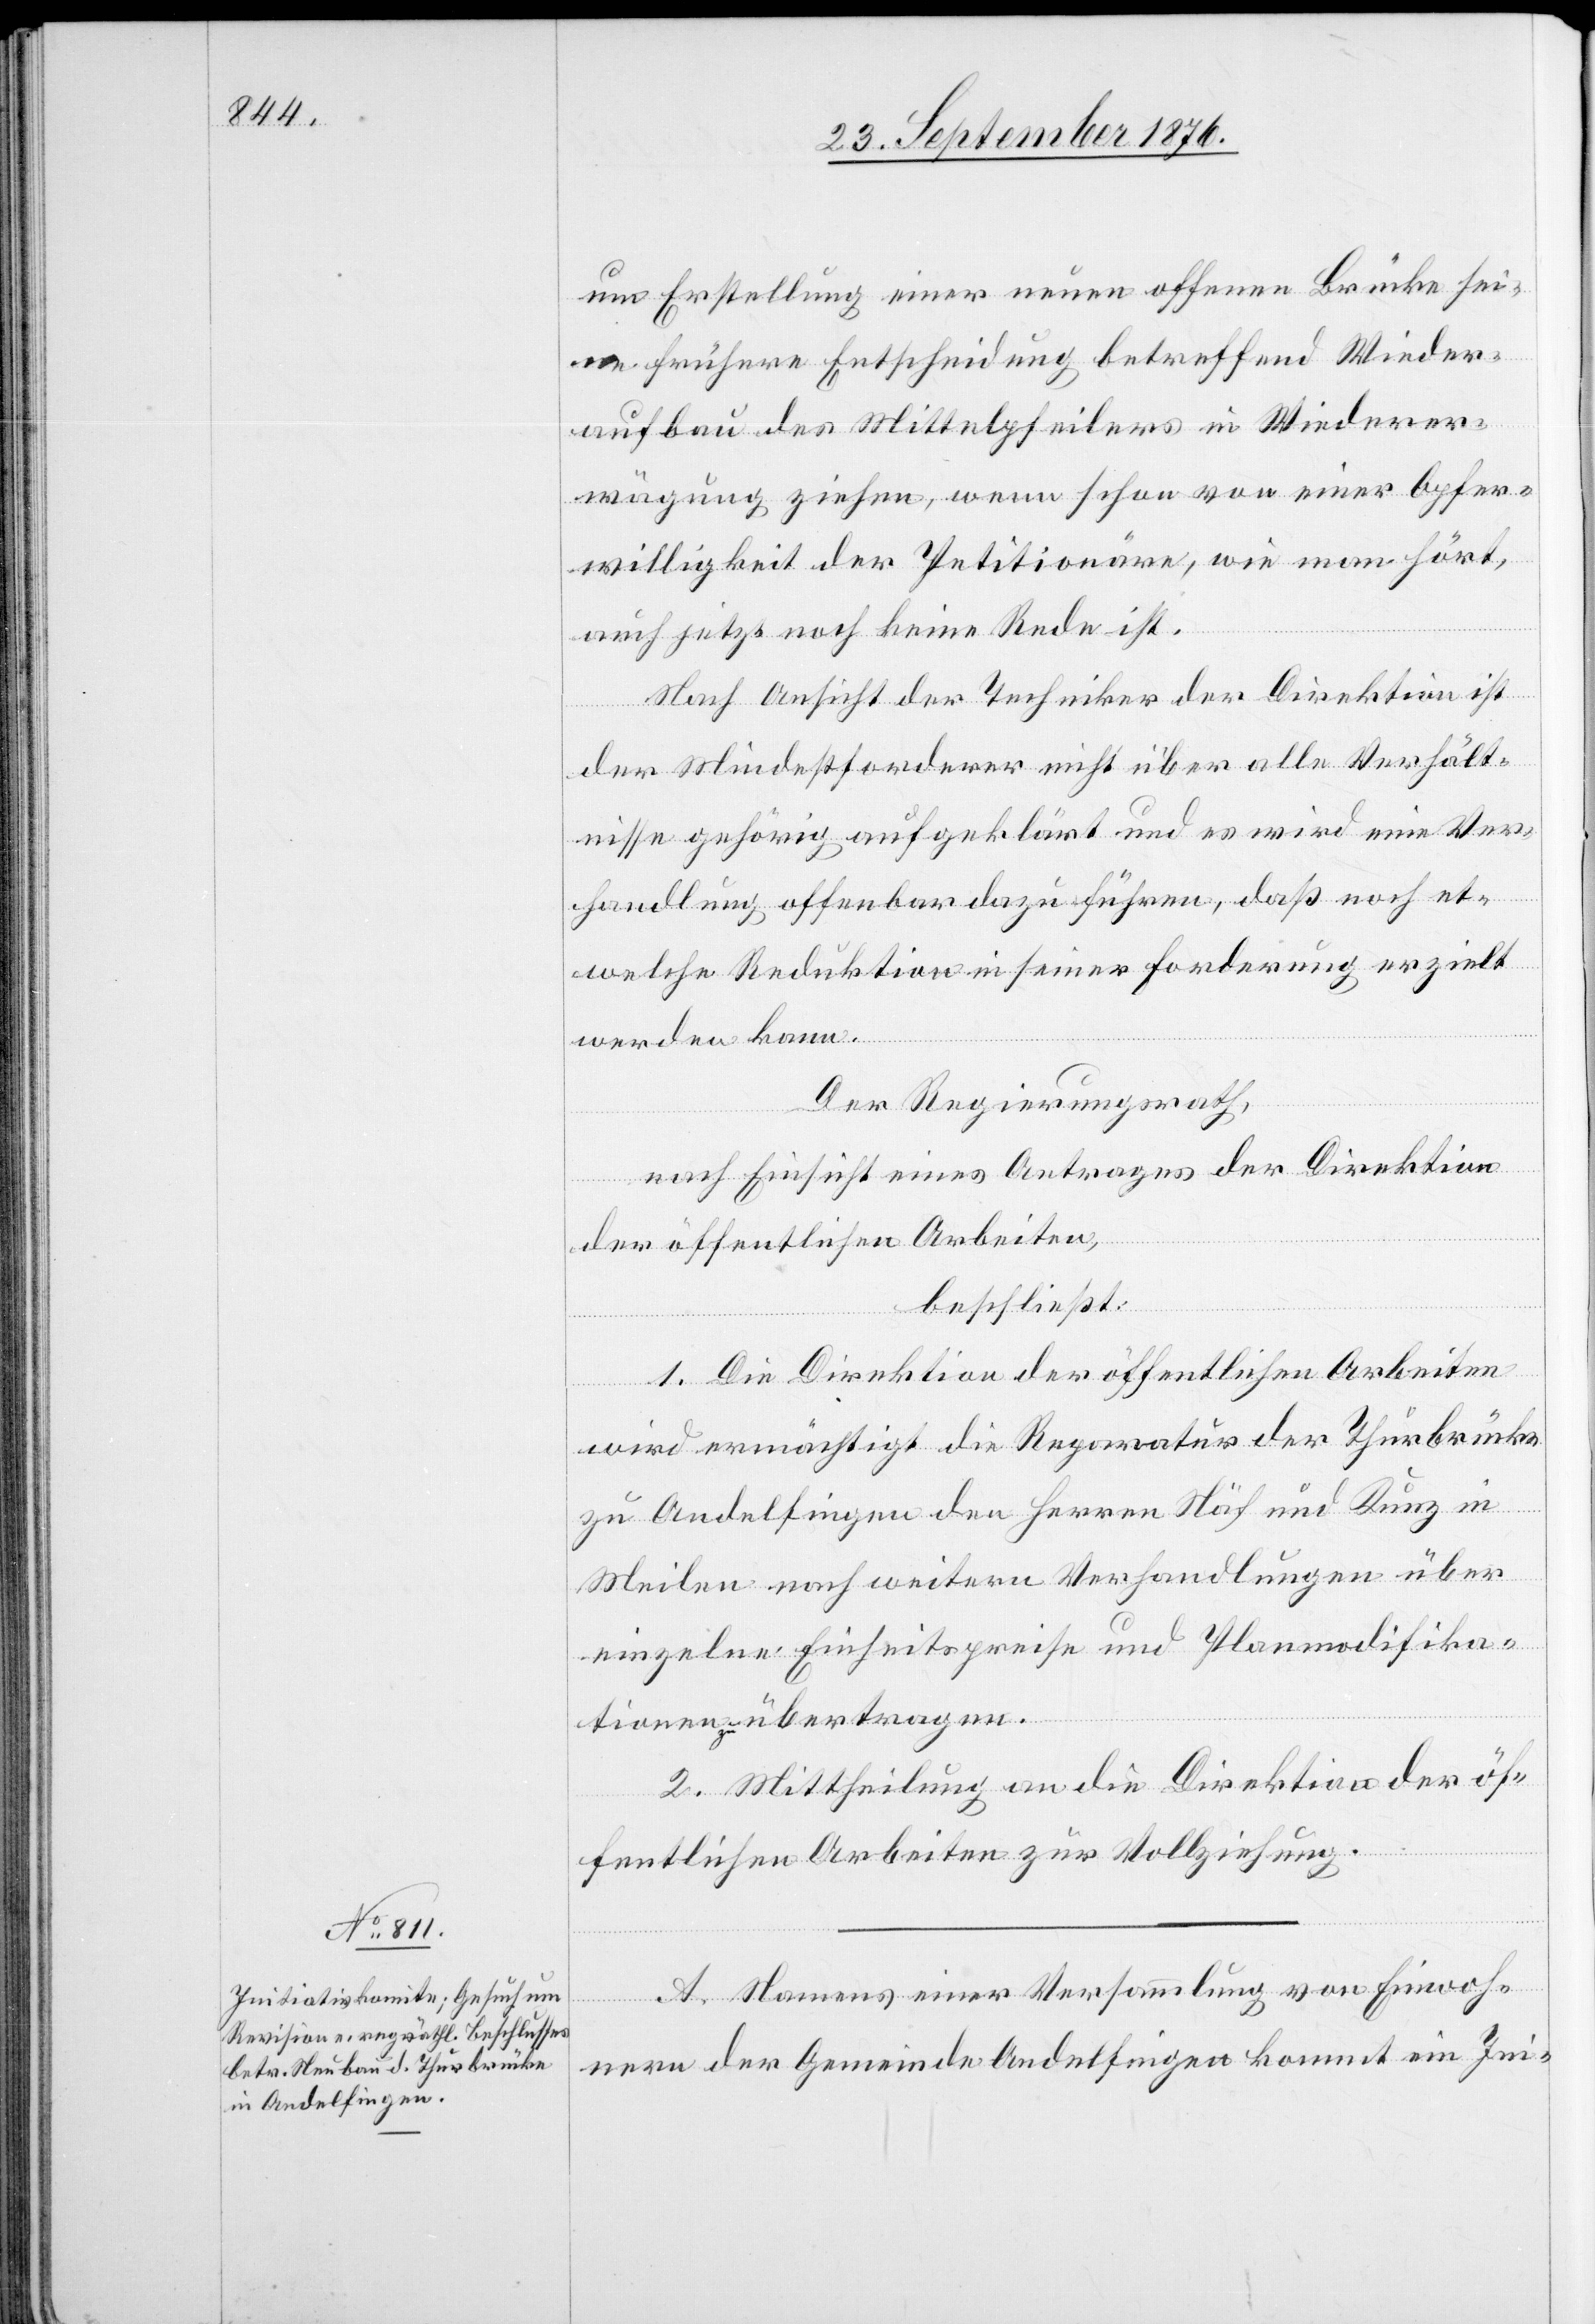
um Erstellung einer neuen offenen Brücke sei¬
ne frühere Entscheidung betreffend Wieder¬
aufbau des Mittelpfeilers in Wiederer¬
wägung ziehen, wenn schon von einer Opfer¬
willigkeit der Petitionäre, wie man hört,
auch jetzt noch keine Rede ist.
Nach Ansicht der Techniker der Direktion ist
der Mindestforderer nicht über alle Verhält¬
nisse gehörig aufgeklärt und es wird eine Ver¬
handlung offenbar dazu führen, daß noch et¬
welche Reduktion in seiner Forderung erzielt
werden kann.
Der Regierungsrath,
nach Einsicht eines Antrages der Direktion
der öffentlichen Arbeiten,
beschließt:
1. Die Direktion der öffentlichen Arbeiten
wird ermächtigt die Reparatur der Thurbrücke
zu Andelfingen den Herren Näf und Kunz in
Meilen nach weitern Verhandlungen über
einzelne Einheitspreise und Planmodifika¬
tionen zu übertragen.
2. Mittheilung an die Direktion der öf¬
fentlichen Arbeiten zur Vollziehung.
A. Namens einer Versammlung von Einwoh¬
nern der Gemeinde Andelfingen kommt ein Ini-